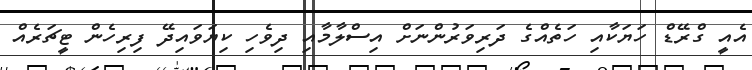
އެއީ ގްރޭޑް ހަޔަކާއި ހަތެއްގެ ދަރިވަރުންނަށް އިސްލާމާއި ދިވެހި ކިޔަވައިދޭ ފިރިހެން ޓީޗަރެއް